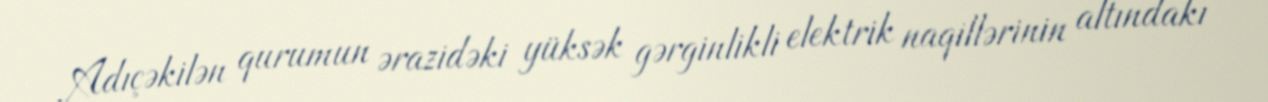
Adıçəkilən qurumun ərazidəki yüksək gərginlikli elektrik naqillərinin altındakı